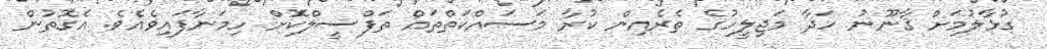
ގުޅާލުމަށް ޤާނޫނު ހަދާ މަޖިލީހުގެ ތެރެއިން ކުރާ މަސައްކަތްތައް ތަފްސީލްކޮށް ހިމަނާފައިވެއެވެ. އެގޮތުން